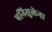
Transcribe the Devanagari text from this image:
पनिसुलेना